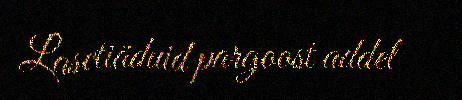
Lasetiäđuid pargoost addel